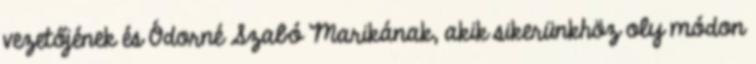
vezetőjének és Ódorné Szabó Marikának, akik sikerünkhöz oly módon